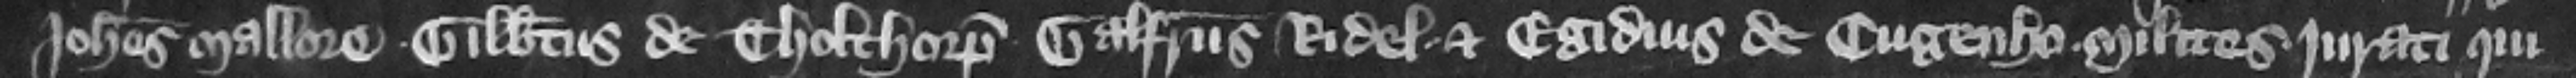
Iohannes Mallore Gilbertus de Tholthorp Galfridus Ridel et Egidius de Cugenho milites juratiqui